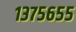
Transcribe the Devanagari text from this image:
१३७५६५५